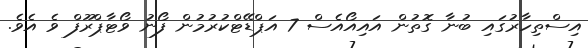
އިސްތިހާރުގައި ބުނާ ގޮތުން އައިއޯއެސް 7 އަޕްޑޭޓްކުރުމުން ފޯނު ވޯޓާޕްރޫފް ވެ އެވެ.